Madras plague regulations in force outside the Presidency town - Volume 2
Disease focus: Plague
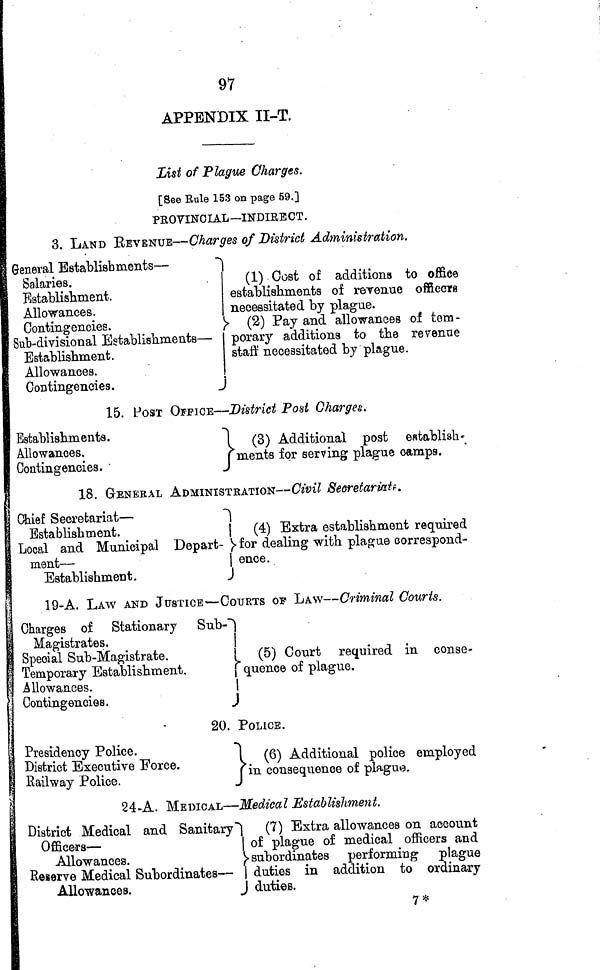
97
APPENDIX II-T.
List of Plague Charges.
[See Rule 153 on page 59.]
PROVINCIAL—INDIRECT.
3. LAND REVENUE—Charges of District Administration,
General Establishments —
Salaries.
Establishment.
Allowances.
Contingencies.
Sub-divisional Establishments —
Establishment.
Allowances.
Contingencies.
(1) Cost of additions to office
establishments of revenue officers
necessitated by plague.
(2) Pay and allowances of tem-
porary additions to the revenue
staff necessitated by plague.
15. POST OFFICE — District Post Charges.
Establishments.
Allowances.
Contingencies.
(3) Additional post establish-
ments for serving plague camps.
18. GENERAL ADMINISTRATION — Civil Secretariats.
Chief Secretariat —
Establishment.
Local and Municipal Depart-
ment —
|
Establishment.
(4) Extra establishment required
for dealing with plague correspond-
ence.
19-A. LAW AND JUSTICE — COURTS OF LAW — Criminal Courts.
Charges of Stationary
Sub-
Magistrates.
Special Sub-Magistrate.
Temporary Establishment.
Allowances.
Contingencies.
(5) Court required in conse-
quence of plague
20.POLICE.
Presidency Police.
District Executive Force.
Railway Police.
(6) Additional police employed
in consequence of plague.
24-A. MEDICAL — Medical Establishment.
District Medical and Sanitary
Officers —
Allowances.
Reserve Medical Subordinates —
Allowances.
(7) Extra allowances on account
of plague of medical officers and
subordinates performing plague
duties
in addition to ordinary
duties.
7*